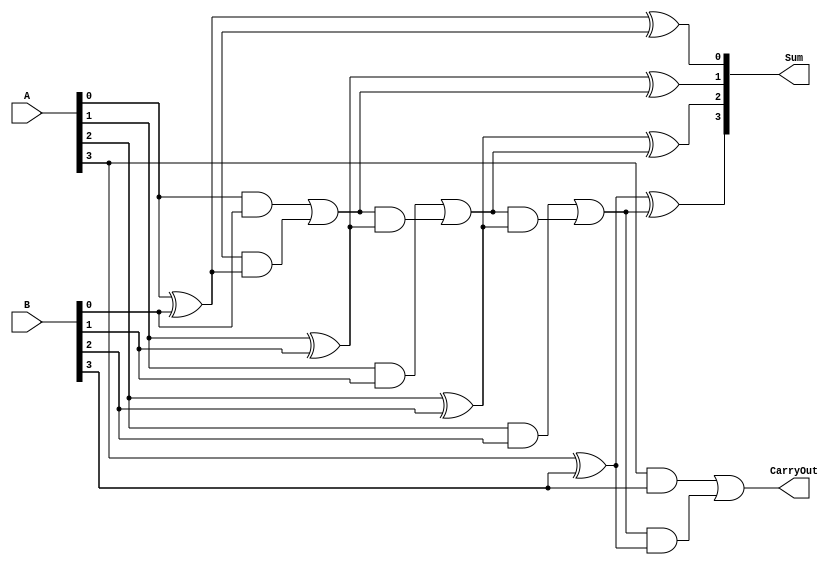
module ManchesterCarryChainAdder (
    input wire [3:0] A,
    input wire [3:0] B,
    output reg [4:0] Sum,
    output reg CarryOut
);

reg [3:0] C; // Carry input

assign Sum[0] = A[0] ^ B[0] ^ C[0];
assign C[1] = (A[0] & B[0]) | (C[0] & (A[0] ^ B[0]));
assign Sum[1] = A[1] ^ B[1] ^ C[1];
assign C[2] = (A[1] & B[1]) | (C[1] & (A[1] ^ B[1]));
assign Sum[2] = A[2] ^ B[2] ^ C[2];
assign C[3] = (A[2] & B[2]) | (C[2] & (A[2] ^ B[2]));
assign Sum[3] = A[3] ^ B[3] ^ C[3];
assign CarryOut = (A[3] & B[3]) | (C[3] & (A[3] ^ B[3]));

endmodule